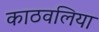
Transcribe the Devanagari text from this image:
काठवलिया